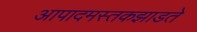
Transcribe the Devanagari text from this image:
आपादमस्तकझाडते